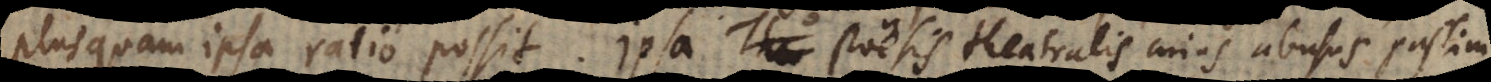
plus quam ipsa ratio possit. Ipsa Poësis theatralis cujus abusus passim